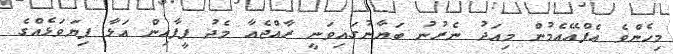
މިހެންވެ އެފްއޭއެމުން މިއަދު ނެރުނު ބަޔާނުގައިވަނީ ރާއްޖެއާ މެދު ފީފާއިން އަޅާ ފިޔަވަޅެއްގެ